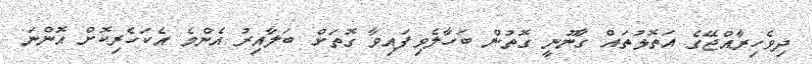
ދިވެހިރާއްޖޭގެ އަތޮޅުތައް ގާނޫނީ ގޮތުން ބަހާލެވިފައިވާ ގޮތަށް ބަލާއިރު އެންމެ އެކަހެރިކޮށް އޮންނަ